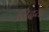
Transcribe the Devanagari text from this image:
लेिदय